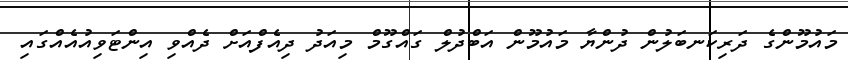
މައުމޫންގެ ދަރިކަނބަލުން ދުންޔާ މައުމޫން އަބްދުލް ގައްގޫމް މިއަދު ދިއެފްއަށް ދެއްވި އިންޓަވިއުއެއްގައި